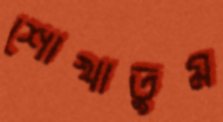
শোখাতুম